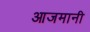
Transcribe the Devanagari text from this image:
आजमानी